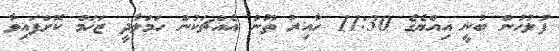
ފުލުހުން ބުނީ އިއްޔެގެ 11:30 ހާއިރު ތޫނު އެއްޗަކުން ހަމަލާދީ ޒަޚަމް ކޮށްފައިވާ